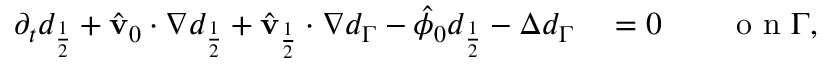
\begin{array} { r l } { \partial _ { t } d _ { \frac { 1 } { 2 } } + \hat { \mathbf { v } } _ { 0 } \cdot \nabla d _ { \frac { 1 } { 2 } } + \hat { \mathbf { v } } _ { \frac { 1 } { 2 } } \cdot \nabla d _ { \Gamma } - \hat { \phi } _ { 0 } d _ { \frac { 1 } { 2 } } - \Delta d _ { \Gamma } } & { { } = 0 \qquad \mathrm { ~ o ~ n ~ } \Gamma , } \end{array}